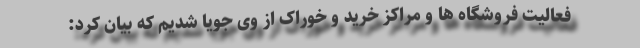
فعالیت فروشگاه ها و مراکز خرید و خوراک از وی جویا شدیم که بیان کرد: